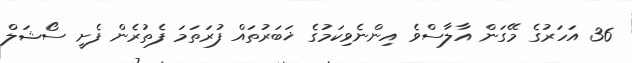
36 އަހަރުގެ މޭގަން އާލާސްވެ އިންނެވިކަމުގެ ޚަބަރުތައް ފުރަތަމަ ފެތުރެން ފެށީ ސޯޝަލް